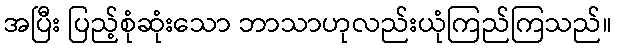
အပြီး ပြည့်စုံဆုံးသော ဘာသာဟုလည်းယုံကြည်ကြသည်။